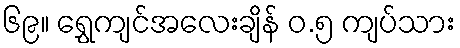
၆၉။ ရွှေကျင်အလေးချိန် ၀.၅ ကျပ်သား